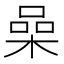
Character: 喿